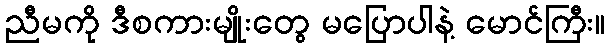
ညီမကို ဒီစကားမျိုးတွေ မပြောပါနဲ့ မောင်ကြီး။